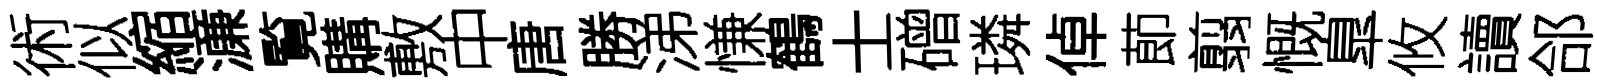
術似縮濓覧購敷中唐勝涕慊鶴士磳璘倬莭翦慨臯攸讀郃